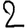
Digit: 2